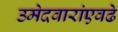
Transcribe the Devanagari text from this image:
उमेदवारांएवढे